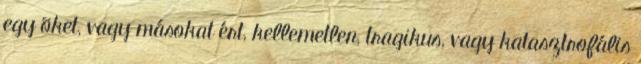
egy õket, vagy másokat ért, kellemetlen, tragikus, vagy katasztrofális